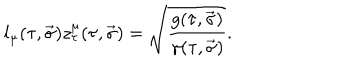
l _ { \mu } ( \tau , \vec { \sigma } ) z _ { \tau } ^ { \mu } ( \tau , \vec { \sigma } ) = \sqrt { \frac { g ( \tau , \vec { \sigma } ) } { \gamma ( \tau , \vec { \sigma } ) } } .